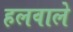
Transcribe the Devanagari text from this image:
हलवाले